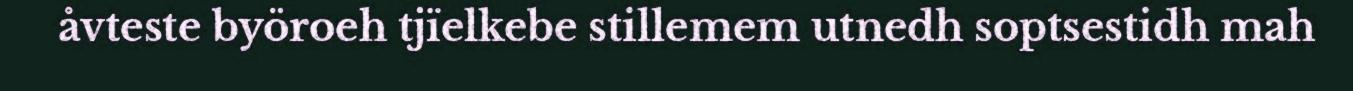
åvteste byöroeh tjïelkebe stillemem utnedh soptsestidh mah